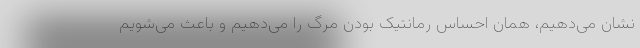
نشان می‌دهیم، همان احساس رمانتیک بودن مرگ را می‌دهیم و باعث می‌شویم